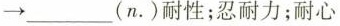
→ ___ (n.)耐性；忍耐力；耐心